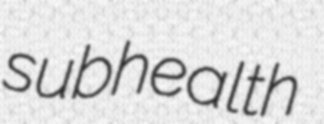
subhealth